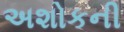
અશોકની